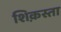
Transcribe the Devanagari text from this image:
शिक़स्ता